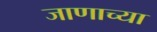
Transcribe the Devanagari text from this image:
जाणाच्या